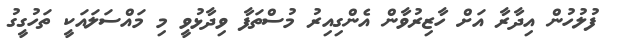
ފުލުހުން އިދާރާ އަށް ހާޒިރުވާން އެންގިއިރު މުސްތަފާ ވިދާޅުވީ މި މައްސަލައަކީ ތަހުގީގު